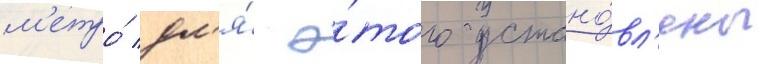
м'етро́ дл'я́ э́того устано́вл'ены